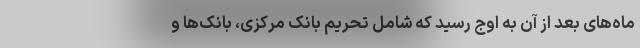
ماه‌های بعد از آن به اوج رسید که شامل تحریم بانک مرکزی، بانک‌ها و